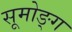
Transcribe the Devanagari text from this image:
सूमोङ्ग